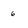
Character: 6